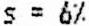
S = 6%